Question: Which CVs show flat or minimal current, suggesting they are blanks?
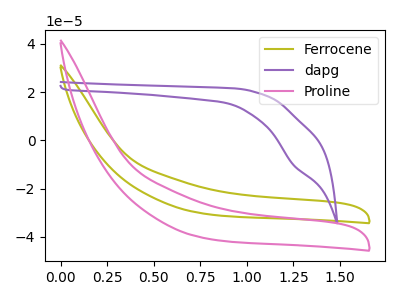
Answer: <think>The olive curve "Ferrocene" has no peaks. The purple curve "dapg" has a cathodic peak at: (1.25V, -10.10uA). The pink curve "Proline" has no peaks.</think>
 <answer>"Ferrocene" and "Proline" are likely to be blanks.</answer>
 <eval>"Ferrocene", "Proline"</eval>